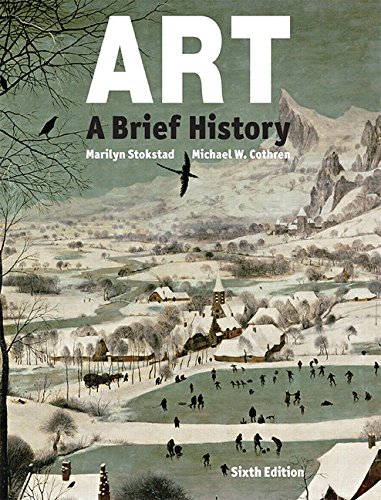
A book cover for Art: A Brief History (6th Edition); Marilyn Stokstad; Arts & Photography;